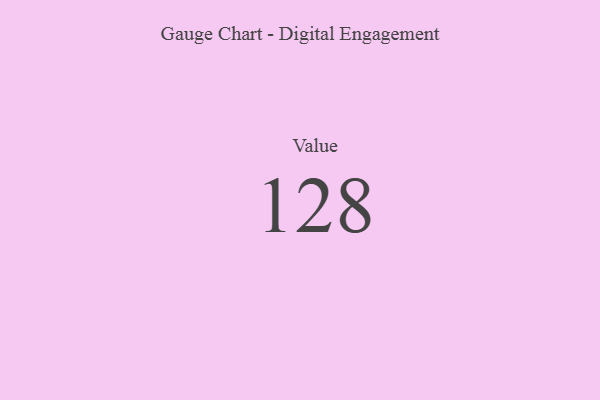
{"axis": {"x": "Metric", "y": "Value"}, "legend": [""], "data": [{"x": "Value", "y": 128, "type": ""}]}